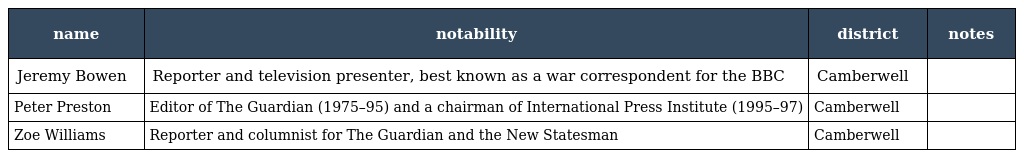
| name | notability | district | notes |
 | --- | --- | --- | --- |
 | Jeremy Bowen | Reporter and television presenter, best known as a war correspondent for the BBC | Camberwell |  |
 | Peter Preston | Editor of The Guardian (1975–95) and a chairman of International Press Institute (1995–97) | Camberwell |  |
 | Zoe Williams | Reporter and columnist for The Guardian and the New Statesman | Camberwell |  |